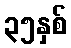
၃၅နှစ်